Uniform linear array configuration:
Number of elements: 64
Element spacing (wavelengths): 1
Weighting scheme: hann
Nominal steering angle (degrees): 0
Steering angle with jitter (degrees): -0.3851
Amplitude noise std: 0.05
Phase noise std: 0.05

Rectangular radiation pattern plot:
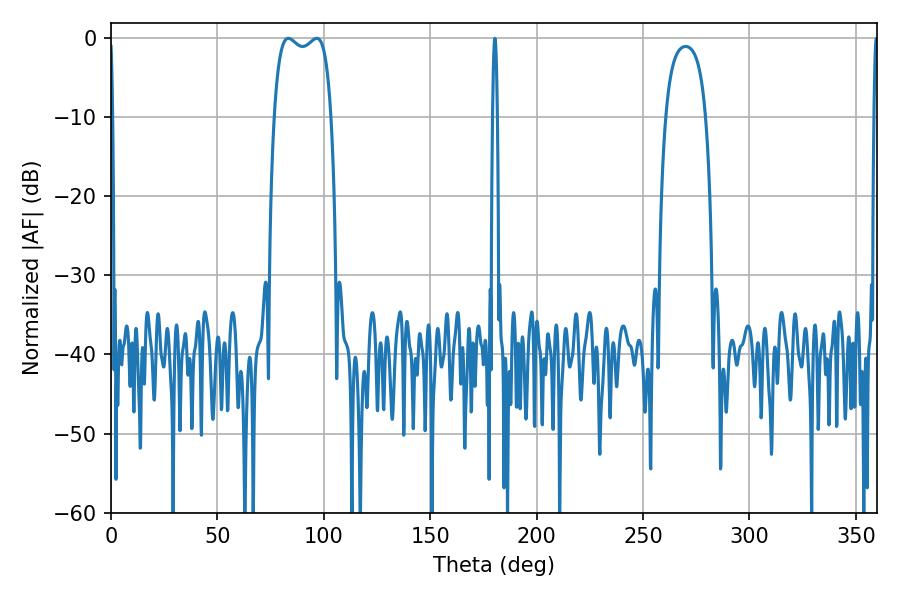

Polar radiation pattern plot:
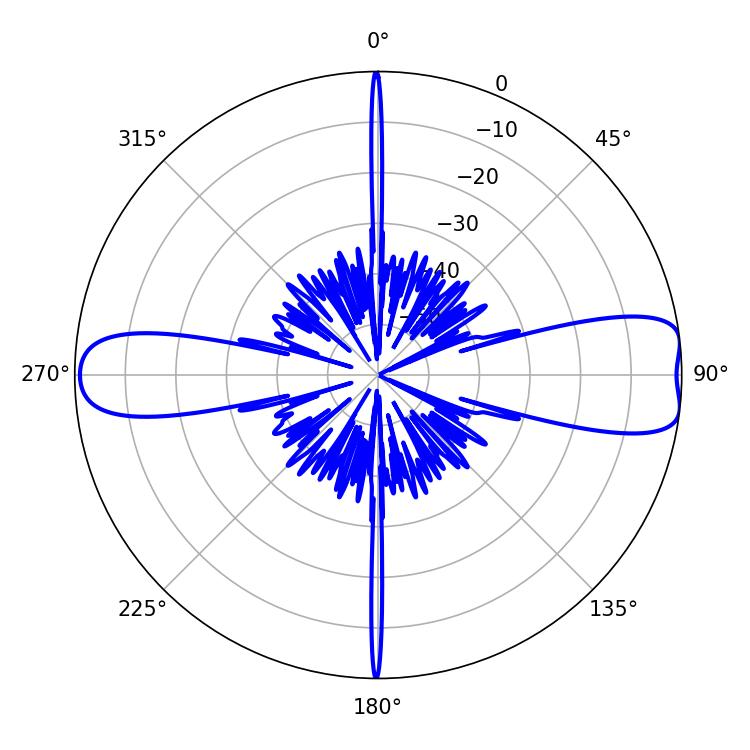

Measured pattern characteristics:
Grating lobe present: TRUE
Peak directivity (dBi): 10.505
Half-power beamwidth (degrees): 21.96
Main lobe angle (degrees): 83.34